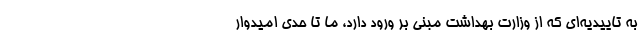
به تاییدیه‌ای که از وزارت بهداشت مبنی بر ورود دارد، ما تا حدی امیدوار